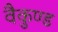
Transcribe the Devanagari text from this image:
वैकुण्ड